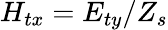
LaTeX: H_{tx}=E_{ty}/Z_{s}